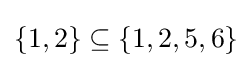
{\textstyle \{1,2\}\subseteq \{1,2,5,6\}}